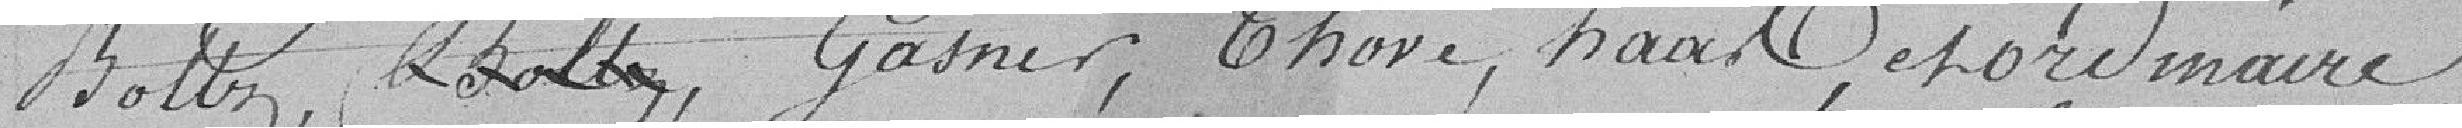
Boltz, XXX, Gasner, Thové, Haas, et ordinaire